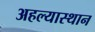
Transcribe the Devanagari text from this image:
अहल्यास्थान